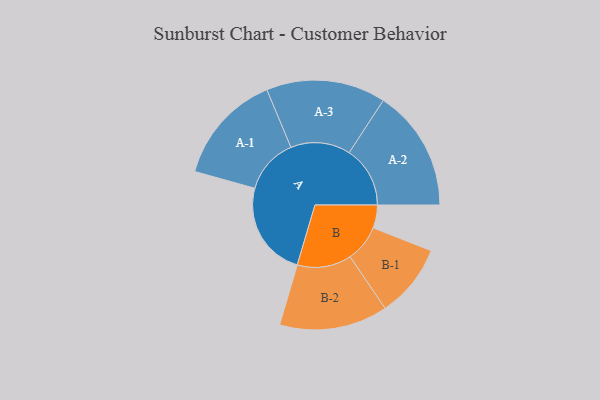
{"axis": {"x": "Segment", "y": "Value"}, "legend": ["", "A", "B"], "data": [{"x": "A", "y": 415, "type": ""}, {"x": "B", "y": 100, "type": ""}, {"x": "A-1", "y": 241, "type": "A"}, {"x": "A-2", "y": 265, "type": "A"}, {"x": "A-3", "y": 260, "type": "A"}, {"x": "B-1", "y": 160, "type": "B"}, {"x": "B-2", "y": 236, "type": "B"}]}